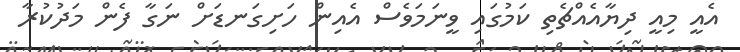
އެއީ މިއީ ދިޔާއެއްޗެތި ކަމުގައި ވީނަމަވެސް އެއިން ހަށިގަނޑަށް ނަގާ ފެން މަދުކުރާ